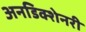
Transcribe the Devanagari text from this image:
अनडिक्शेनरी